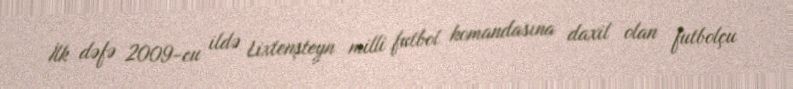
İlk dəfə 2009-cu ildə Lixtenşteyn milli futbol komandasına daxil olan futbolçu